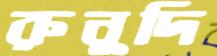
রুনুদি